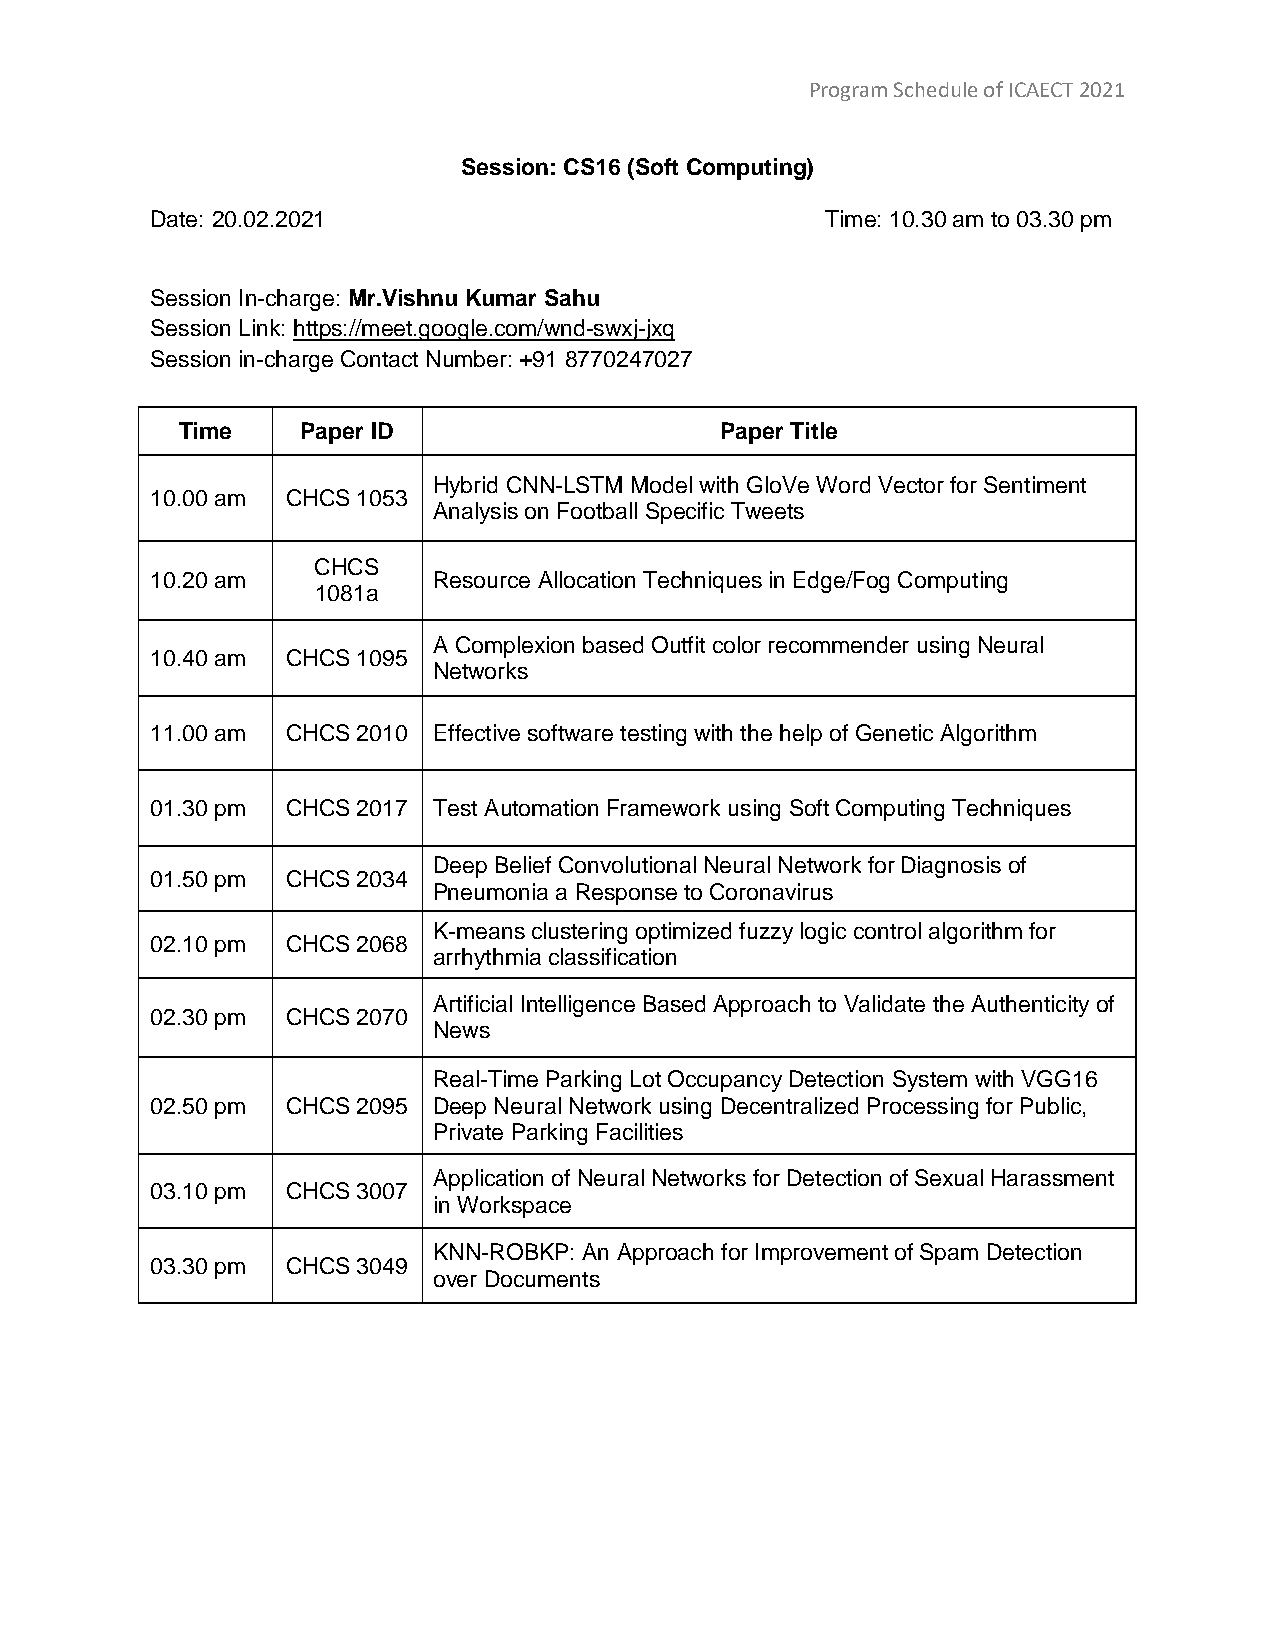
Program Schedule of ICAECT 2021
 Session: CS16 (Soft Computing)
 Date: 20.02.2021                             Time: 10.30 am to 03.30 pm
 Session In-charge: Mr.Vishnu Kumar Sahu
 Session Link: https://meet.google.com/wnd-swxj-jxq
 Session in-charge Contact Number: +91 8770247027
 Time    Paper ID                    Paper Title
 Hybrid CNN-LSTM Model with GloVe Word Vector for Sentiment
 10.00 am CHCS 1053
 Analysis on Football Specific Tweets
 CHCS
 10.20 am           Resource Allocation Techniques in Edge/Fog Computing
 1081a
 A Complexion based Outfit color recommender using Neural
 10.40 am CHCS 1095
 Networks
 11.00 am CHCS 2010 Effective software testing with the help of Genetic Algorithm
 01.30 pm CHCS 2017 Test Automation Framework using Soft Computing Techniques
 Deep Belief Convolutional Neural Network for Diagnosis of
 01.50 pm CHCS 2034
 Pneumonia a Response to Coronavirus
 K-means clustering optimized fuzzy logic control algorithm for
 02.10 pm CHCS 2068
 arrhythmia classification
 Artificial Intelligence Based Approach to Validate the Authenticity of
 02.30 pm CHCS 2070
 News
 Real-Time Parking Lot Occupancy Detection System with VGG16
 02.50 pm CHCS 2095 Deep Neural Network using Decentralized Processing for Public,
 Private Parking Facilities
 Application of Neural Networks for Detection of Sexual Harassment
 03.10 pm CHCS 3007
 in Workspace
 KNN-ROBKP: An Approach for Improvement of Spam Detection
 03.30 pm CHCS 3049
 over Documents